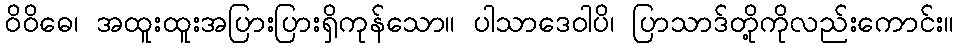
ဝိဝိဓေ၊ အထူးထူးအပြားပြားရှိကုန်သော။ ပါသာဒေဝါပိ၊ ပြာသာဒ်တို့ကိုလည်းကောင်း။